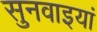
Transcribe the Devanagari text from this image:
सुनवाइयां